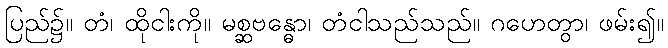
ပြည်၌။ တံ၊ ထိုငါးကို။ မစ္ဆဗန္ဓော၊ တံငါသည်သည်။ ဂဟေတွာ၊ ဖမ်း၍။